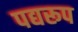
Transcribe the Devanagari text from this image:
पद्यरूप